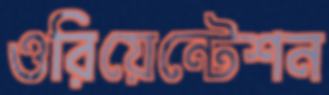
ওরিয়েন্টেশন